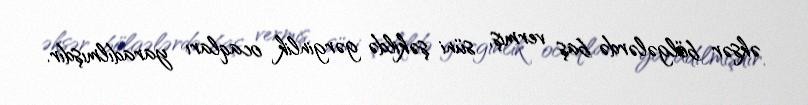
əksər bölgələrdə baş vermiş, süni şəkildə gərginlik ocaqları yaradılmışdır.